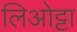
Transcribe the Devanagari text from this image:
लिओट्टा